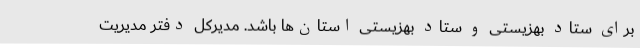
برای ستاد بهزیستی و ستاد بهزیستی استان‌ها باشد. مدیرکل دفتر مدیریت